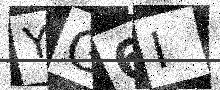
Text: YG6I